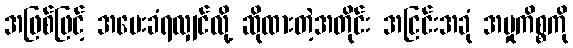
အဖြစ်ဖြင့် အမေးခံရလျှင်လို့ ဆိုထားတဲ့အတိုင်း အငြင်းအခုံ အမှုကိစ္စကို